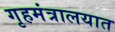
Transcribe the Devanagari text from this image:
गृहमंत्रालयात